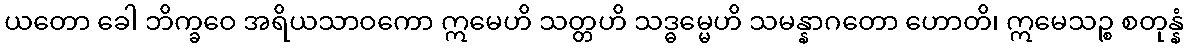
ယတော ခေါ ဘိက္ခဝေ အရိယသာဝကော ဣမေဟိ သတ္တဟိ သဒ္ဓမ္မေဟိ သမန္နာဂတော ဟောတိ၊ ဣမေသဉ္စ စတုန္နံ